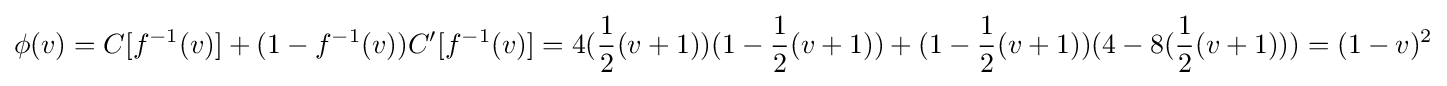
\phi (v)=C[f^{-1}(v)]+(1-f^{-1}(v))C'[f^{-1}(v)]=4({\frac {1}{2}}(v+1))(1-{\frac {1}{2}}(v+1))+(1-{\frac {1}{2}}(v+1))(4-8({\frac {1}{2}}(v+1)))=(1-v)^{2}